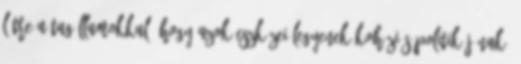
létre a tagállamokkal, hogy azok eszközei legyenek kohéziós politikájának,